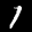
Label: 1